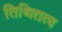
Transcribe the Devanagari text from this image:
तिथितत्व